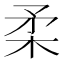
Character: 柔